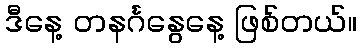
ဒီနေ့ တနင်္ဂနွေနေ့ ဖြစ်တယ်။